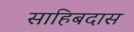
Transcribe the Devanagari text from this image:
साहिबदास